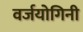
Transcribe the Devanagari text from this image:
वर्जयोगिनी